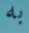
به